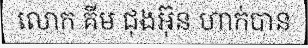
លោក គីម ជុងអ៊ុន ហាក់បាន